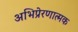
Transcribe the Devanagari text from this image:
अभिप्रेरणात्मक